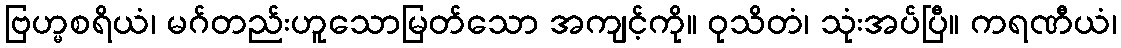
ဗြဟ္မစရိယံ၊ မဂ်တည်းဟူသောမြတ်သော အကျင့်ကို။ ဝုသိတံ၊ သုံးအပ်ပြီ။ ကရဏီယံ၊